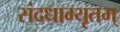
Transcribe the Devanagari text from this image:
संदधाम्यृतम्